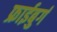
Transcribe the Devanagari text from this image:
फ्राईबुर्ग